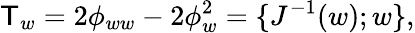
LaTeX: \mathsf{T}_{w}=2\phi_{ww}-2\phi_{w}^{2}=\{ J^{-1}(w);w\} ,